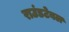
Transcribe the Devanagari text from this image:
राउंडटेबल